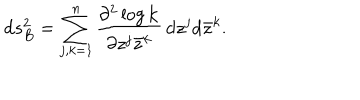
\mathrm { d } s _ { B } ^ { 2 } = \sum _ { j , k = 1 } ^ { n } { \frac { \partial ^ { 2 } \log { \bf k } } { \partial z ^ { j } \bar { z } ^ { k } } } \, \mathrm { d } z ^ { j } \mathrm { d } \bar { z } ^ { k } .